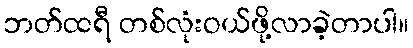
ဘတ်ထရီ တစ်လုံးဝယ်ဖို့လာခဲ့တာပါ။